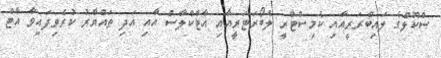
ސްކޫލްގެ ލައިބްރަރީއާއި ކެމިސްޓްރީ ލެބޯރަޓަރީއާއި އާޓްކްލާސް އާއި އަދި ތައްޔާރު ކުރެވިފައިވާ އާޓް